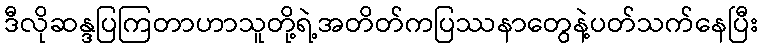
ဒီလိုဆန္ဒပြကြတာဟာသူတို့ရဲ့အတိတ်ကပြဿနာတွေနဲ့ပတ်သက်နေပြီး